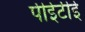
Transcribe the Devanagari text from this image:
पीईटीई